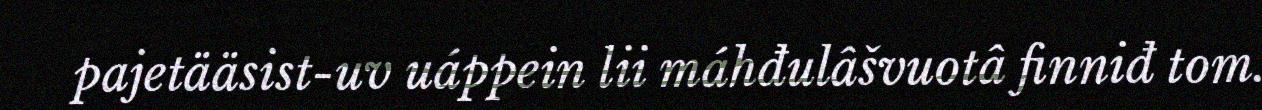
pajetääsist-uv uáppein lii máhđulâšvuotâ finniđ tom.